Madras plague regulations and rules for the city of Madras
Disease focus: Plague
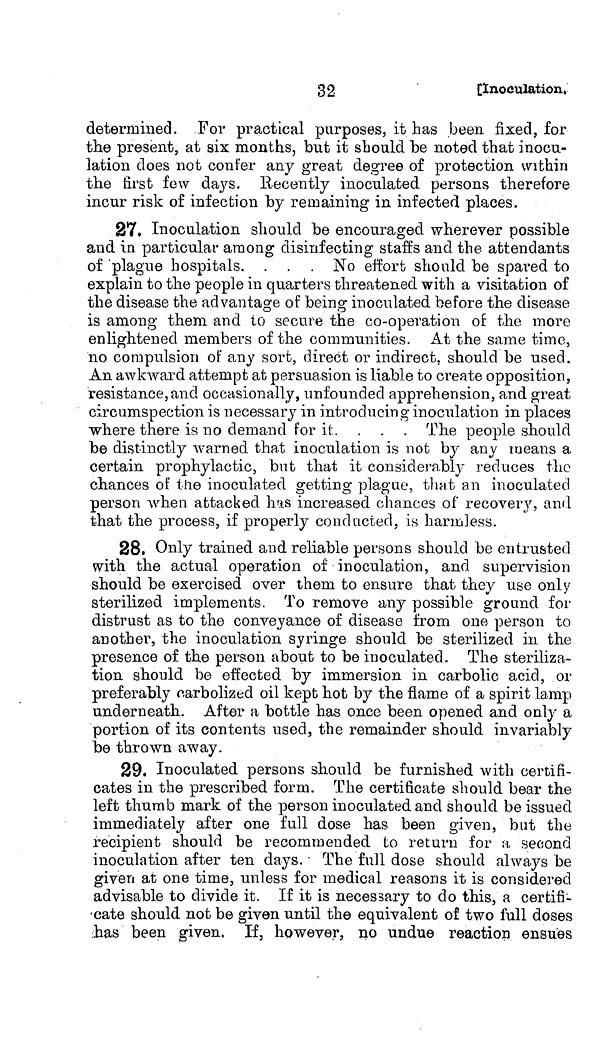
32
[Inoculation.
determined. For practical purposes, it has been fixed, for
the present, at six months, but it should be noted that inocu-
lation does not confer any great degree of protection within
the first few days. Recently inoculated persons therefore
incur risk of infection by remaining in infected places.
27, Inoculation should be encouraged wherever possible
and in particular among disinfecting staffs and the attendants
of plague hospitals. . . . No effort should be spared to
explain to the people in quarters threatened with a visitation of
the disease the advantage of being inoculated before the disease
is among them and to secure the co-operation of the more
enlightened members of the communities. At the same time,
no compulsion of any sort, direct or indirect, should be used.
An awkward attempt at persuasion is liable to create opposition,
resistance, and occasionally, unfounded apprehension, and great
circumspection is necessary in introducing inoculation in places
where there is no demand for it. . . . The people should
be distinctly warned that inoculation is not by any means a
certain prophylactic, but that it considerably reduces the
chances of the inoculated getting plague, that an inoculated
person when attacked has increased chances of recovery, and
that the process, if properly conducted, is harmless.
28. Only trained and reliable persons should be entrusted
with the actual operation of inoculation, and supervision
should be exercised over them to ensure that they use only
sterilized implements. To remove any possible ground for
distrust as to the conveyance of disease from one person to
another, the inoculation syringe should be sterilized in the
presence of the person about to be inoculated. The steriliza-
tion should be effected by immersion in carbolic acid, or
preferably carbolized oil kept hot by the flame of a spirit lamp
underneath. After a bottle has once been opened and only a
portion of its contents used, the remainder should invariably
be thrown away.
29. Inoculated persons should be furnished with certifi-
cates in the prescribed form. The certificate should bear the
left thumb mark of the person inoculated and should be issued
immediately after one full dose has been given, but the
recipient should be recommended to return for a, second
inoculation after ten days. • The full dose should always be
given at one time, unless for medical reasons it is considered
advisable to divide it. If it is necessary to do this, a certifi-
.cate should not be given until the equivalent of two full doses
has been given. If, however, no undue reaction ensues